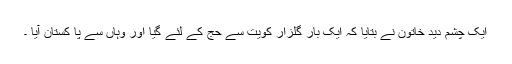
ایک چشم دید خاتون نے بتایا کہ ایک بار گلزار کویت سے حج کے لئے گیا اور وہاں سے پا کستان آیا ۔